Scientific memoirs by medical officers of the Army of India - Part XII,
Year: 1901
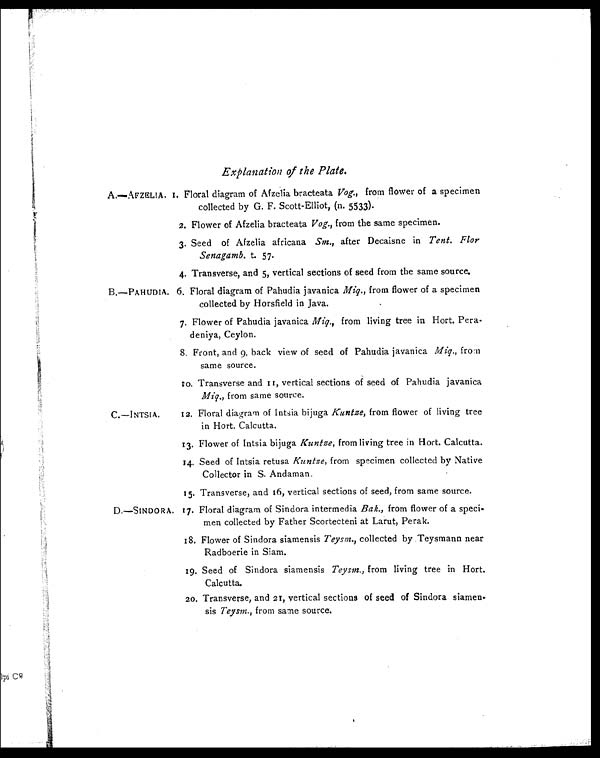
Explanation of the Plate.
A.—AFZELIA. 1. Floral diagram of Afzelia bracteata Vog., from flower of a specimen
collected by G. F. Scott-Elliot, (n. 5533).
2. Flower of Afzelia bracteata Vog., from the same specimen.
3. Seed of Afzelia africana Sm., after Decaisne in Tent. Flor
Senagamb. t. 57.
4. Transverse, and 5, vertical sections of seed from the same source.
B.-PAHUDIA. 6. Floral diagram of Pahudia javanica Miq., from flower of a specimen
collected by Horsfield in Java.
7. Flower of Pahudia javanica Miq. , from living tree in Hort. Pera-
deniya, Ceylon.
8. Front, and 9, back view of seed of Pahudia javanica Miq., from
same source.
v o. Transverse and 11, vertical sections of seed of Pahudia javanica
Miq. , from same source.
C.--INTSIA.
12. Floral diagram of Intsia bijuga Kuntze, from flower of living tree
in Hort. Calcutta.
13. Flower of Intsia bijuga Kuntze, from living tree in Hort. Calcutta.
14. Seed of Intsia retusa Kuntze, from specimen collected by Native
Collector in S. Andaman.
1 5 . T r a n s v e r s e , a n d 1 6 , v e r t i c a l s e c t i o n s o f s e e d , f r o m s a m e s o u r c e .
D.-SINDORA. 17. Floral diagram of Sindora intermedia Bak., from flower of a speci-
men collected by Father Scortecteni at Larut, Perak.
18. Flower of Sindora siamensis Teysm. , collected by Teysmann near
Radboerie in Siam.
19.Seed of Sindora siamensis Teysm., from living tree in Hort.
Calcutta.
20. Transverse, and 21, vertical sections of seed of Sindora siamen
-sis Teysm., f r o m s a m e s o u r c e .